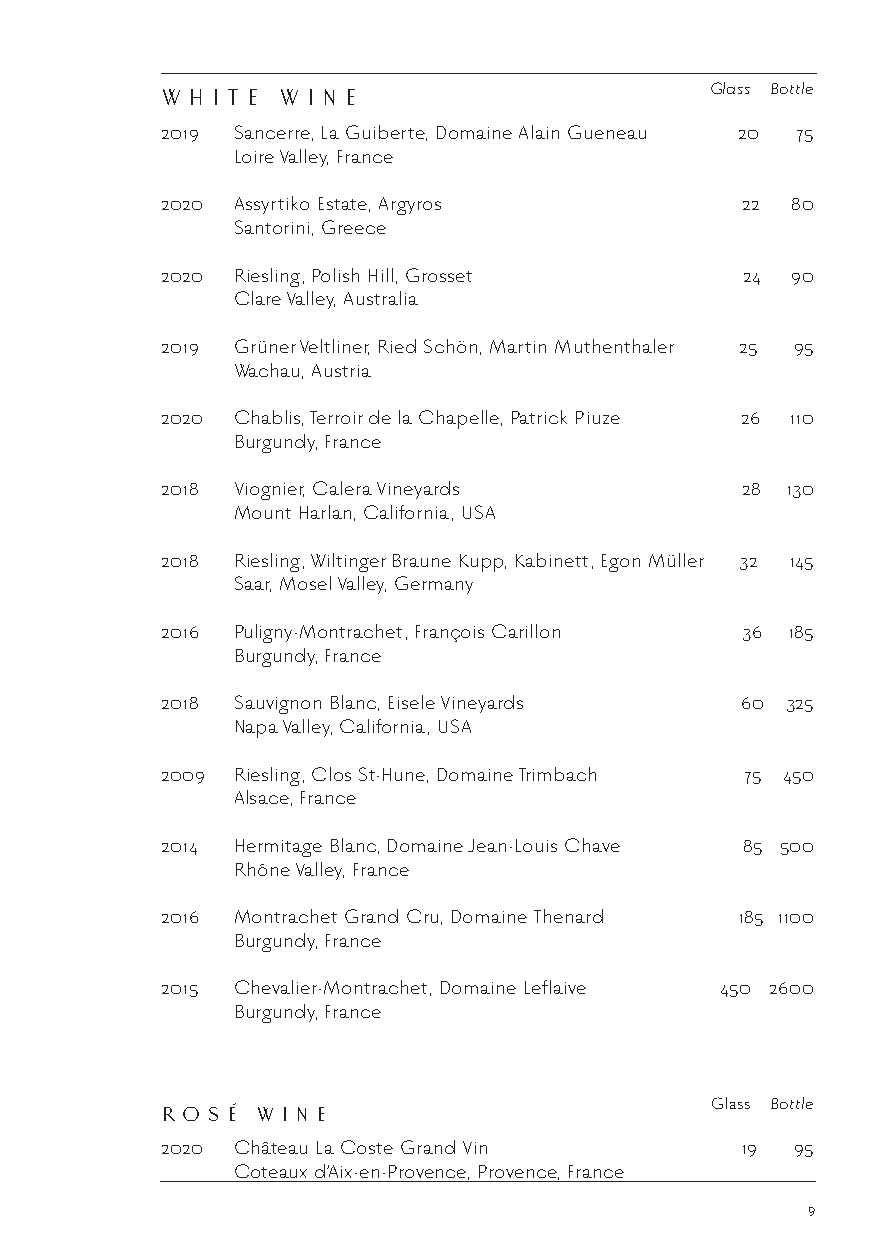
Glass Bottle
 W H I T E W I N E
 2019 Sancerre, La Guiberte, Domaine Alain Gueneau 20 75
 Loire Valley, France
 2020 Assyrtiko Estate, Argyros        22 80
 Santorini, Greece
 2020 Riesling, Polish Hill, Grosset   24 90
 Clare Valley, Australia
 2019 Grüner Veltliner, Ried Schön, Martin Muthenthaler 25 95
 Wachau, Austria
 2020 Chablis, Terroir de la Chapelle, Patrick Piuze 26 110
 Burgundy, France
 2018 Viognier, Calera Vineyards       28 130
 Mount Harlan, California, USA
 2018 Riesling, Wiltinger Braune Kupp, Kabinett, Egon Müller 32 145
 Saar, Mosel Valley, Germany
 2016 Puligny-Montrachet, François Carillon 36 185
 Burgundy, France
 2018 Sauvignon Blanc, Eisele Vineyards 60 325
 Napa Valley, California, USA
 2009 Riesling, Clos St-Hune, Domaine Trimbach 75 450
 Alsace, France
 2014 Hermitage Blanc, Domaine Jean-Louis Chave 85 500
 Rhône Valley, France
 2016 Montrachet Grand Cru, Domaine Thenard 185 1100
 Burgundy, France
 2015 Chevalier-Montrachet, Domaine Leflaive 450 2600
 Burgundy, France
 Glass Bottle
 R O S É W I N E
 2020 Château La Coste Grand Vin       19  95
 Coteaux d’Aix-en-Provence, Provence, France
 9